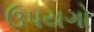
ઉપયગો